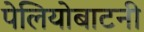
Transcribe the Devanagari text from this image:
पेलियोबाटनी